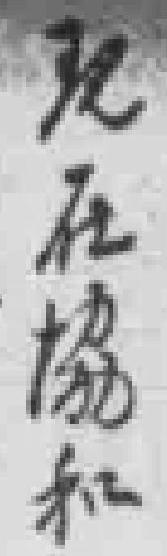
现在協和